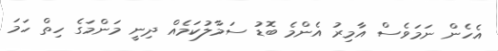
އެހެން ނަމަވެސް އާމިރު އެންމެ ބޮޑު ސަމާލުކަމެއް ދިނީ މަންމަގެ ހިތް ހަމަ